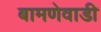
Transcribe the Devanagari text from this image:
बामणेवाडी